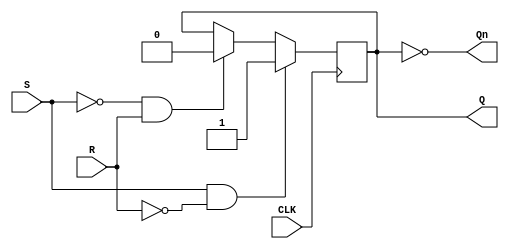
`timescale 1ns / 1ps
//////////////////////////////////////////////////////////////////////////////////
// Company: 
// Engineer: 
// 
// Design Name: 
// Module Name: Day19_SRflipflop
// Project Name: 
// Target Devices: 
// Tool Versions: 
// Description: 
// 
// Dependencies: 
// 
// Revision:
// Revision 0.01 - File Created
// Additional Comments:
// 
//////////////////////////////////////////////////////////////////////////////////


module sr_flip_flop (
    input wire S,
    input wire R,
    input wire CLK,
    output reg Q,
    output wire Qn
);

assign Qn = ~Q;

always @(posedge CLK) begin
    if (S && !R)
        Q <= 1;
    else if (!S && R)
        Q <= 0;
end

endmodule